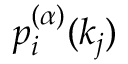
p _ { i } ^ { ( \alpha ) } ( k _ { j } )